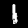
Digit: 1